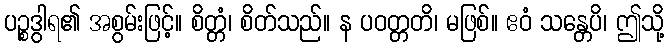
ပဉ္စဒွါရ၏ အစွမ်းဖြင့်။ စိတ္တံ၊ စိတ်သည်။ န ပဝတ္တတိ၊ မဖြစ်။ ဧဝံ သန္တေပိ၊ ဤသို့